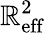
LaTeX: \mathbb{R}_{\mathrm{{eff}}}^{2}